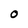
Character: 0